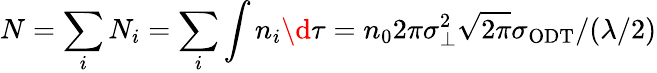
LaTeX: N=\sum_{i}N_{i}=\sum_{i}\int n_{i}\d\tau=n_{0}2\pi\sigma_{\perp}^{2}\sqrt{2\pi}\sigma_{\mathrm{ODT}}/(\lambda/2)